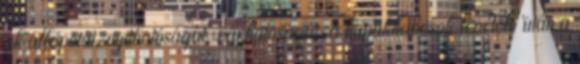
ak állapotát, nyithatóságát, zárhatóságát; a kupakkapcsok levétele után a